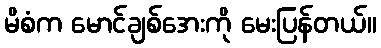
မိစံက မောင်ချစ်အေးကို မေးပြန်တယ်။